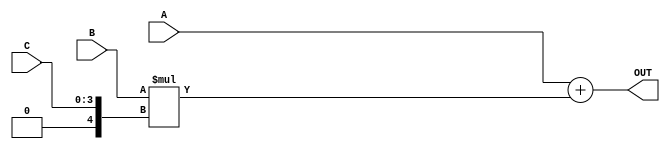
//-----------------------------------------------------------------------------------------------------------------------------------------------------------------------------------
// Purpose: Design and test an ALU performing signed and unsigned calculations.
// Concept: 1.  A and B is a 4-bit signed number. 
//          2. C is a 4-bit unsigned number.
//          3. Design and verify ALU executing : OUT = A + B*C
//
// Owner: Rohit Kumar Singh
//-----------------------------------------------------------------------------------------------------------------------------------------------------------------------------------


`timescale 1ns/1ns

module ALU(A,B,C,OUT);
input signed [3:0] A; //0111- 7
input signed [3:0] B; //0111 - 7
input [3:0] C;        //01111 - 15 112
output reg signed [7:0] OUT; //(7 bits to represent 112, 8th bit for sign)
reg signed [7:0] temp;

always@(*) begin
temp = B*$signed({1'b0,C});
OUT=A+temp;
end

endmodule